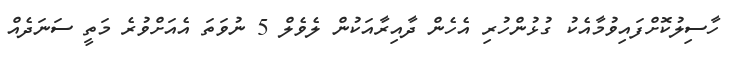
ހާސިލުކޮށްފައިވުމާއެކު ގުޅުންހުރި އެހެން ދާއިރާއަކުން ލެވެލް 5 ނުވަތަ އެއަށްވުރެ މަތީ ސަނަދެއް